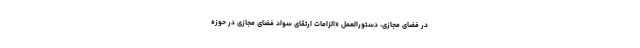
در فضای مجازی، دستورالعمل «الزامات ارتقای سواد فضای مجازی در حوزه